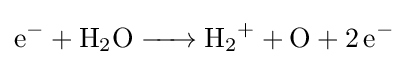
{\ce {e^- + H2O -> H2+ + O + 2e^-}}